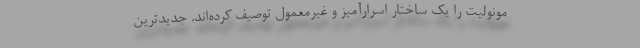
مونولیت را یک ساختار اسرارآمیز و غیرمعمول توصیف کرده‌اند. جدیدترین